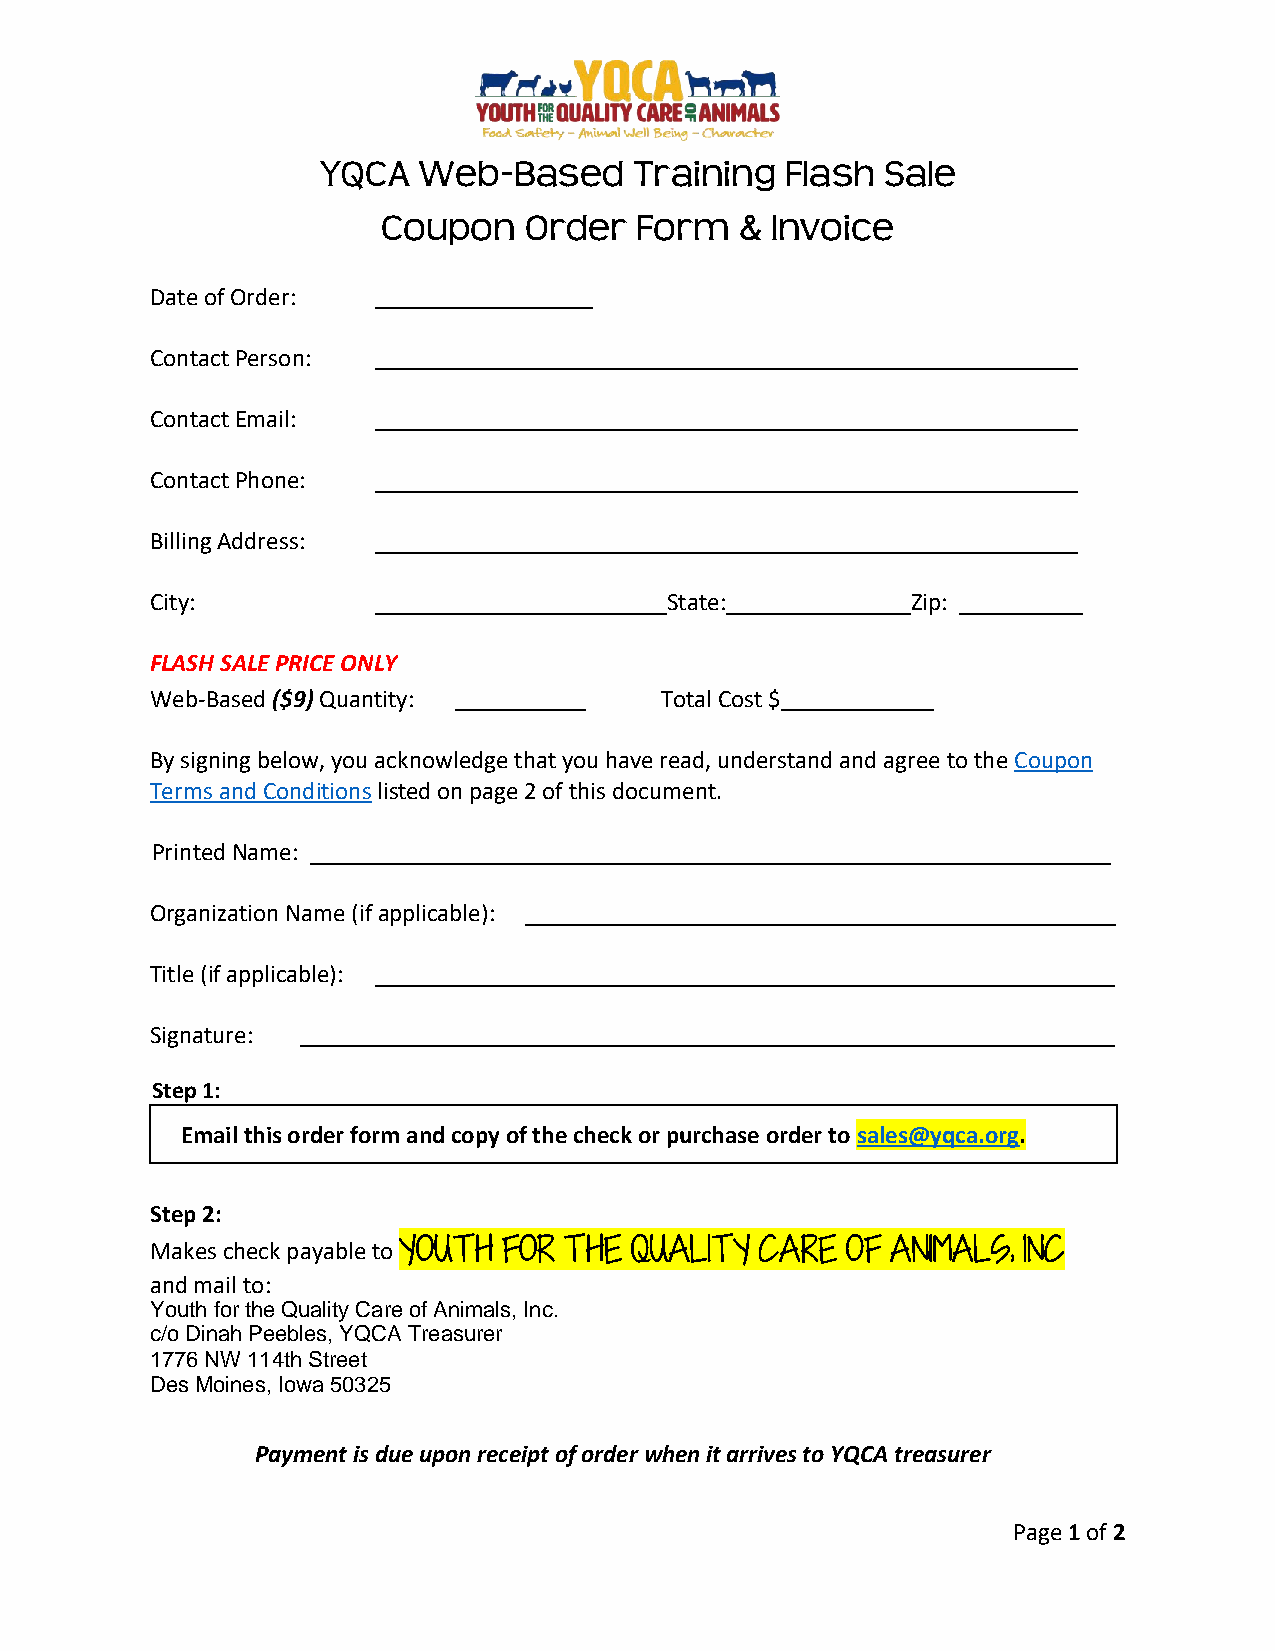
YQCA   Web-Based     Training  Flash Sale
 Coupon    Order  Form   & Invoice
 Date of Order:
 Contact Person:
 Contact Email:
 Contact Phone:
 Billing Address:
 City:                             State:          Zip:
 FLASH SALE PRICE ONLY
 Web-Based ($9) Quantity:          Total Cost $
 By signing below, you acknowledge that you have read, understand and agree to the Coupon
 Terms and Conditions listed on page 2 of this document.
 Printed Name:
 Organization Name (if applicable):
 Title (if applicable):
 Signature:
 Step 1:
 Email this order form and copy of the check or purchase order to sales@yqca.org.
 Step 2:
 Makes check payable to YOUTH FOR THE QUALITY CARE OF ANIMALS, INC
 and mail to:
 Youth for the Quality Care of Animals, Inc.
 c/o Dinah Peebles, YQCA Treasurer
 1776 NW 114th Street
 Des Moines, Iowa 50325
 Payment is due upon receipt of order when it arrives to YQCA treasurer
 Page 1 of 2